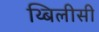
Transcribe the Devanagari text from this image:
थ्बिलीसी